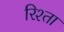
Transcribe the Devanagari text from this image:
रिश्‍ता